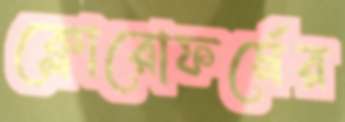
ক্লোরোফর্মের